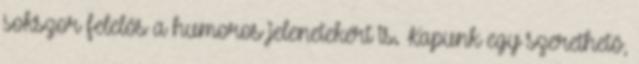
sokszor felelős a humoros jelenetekért is. Kapunk egy szerethető,